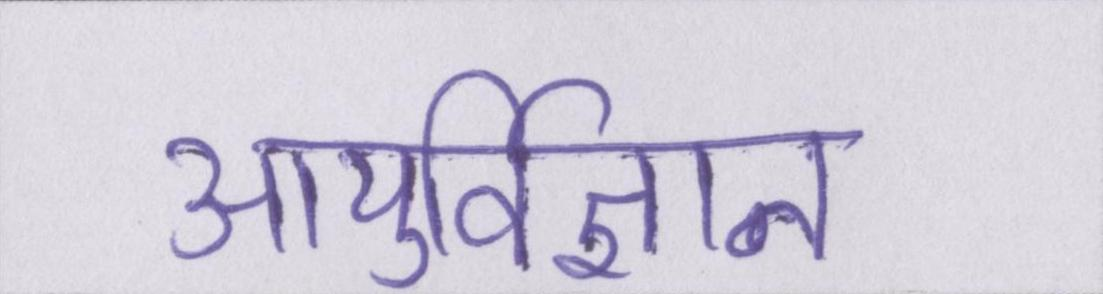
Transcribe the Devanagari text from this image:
आयुर्विज्ञान